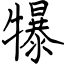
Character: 犦